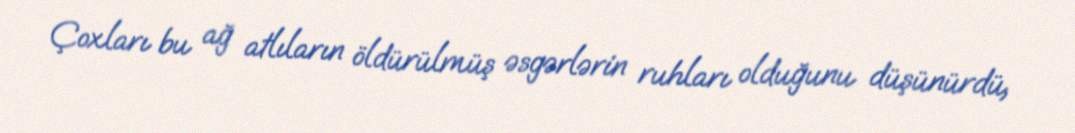
Çoxları bu ağ atlıların öldürülmüş əsgərlərin ruhları olduğunu düşünürdü,